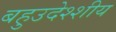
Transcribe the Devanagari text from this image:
बहुउदेश्शीय